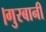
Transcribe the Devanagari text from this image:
।गुरबानी